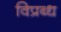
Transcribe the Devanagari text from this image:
विप्रब्ध